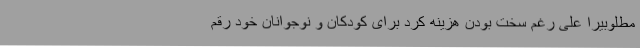
مطلوبیرا علی رغم سخت بودن هزینه کرد برای کودکان و نوجوانان خود رقم